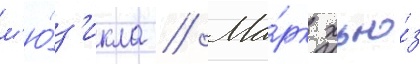
м'ю́з'икла // Ма́рк хью́з